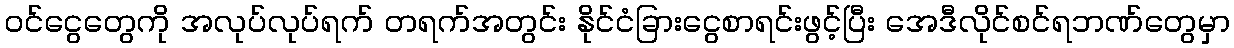
ဝင်ငွေတွေကို အလုပ်လုပ်ရက် တရက်အတွင်း နိုင်ငံခြားငွေစာရင်းဖွင့်ပြီး အေဒီလိုင်စင်ရဘဏ်တွေမှာ